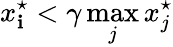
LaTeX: x_{\mathbf{i}}^{\star}<\gamma\operatorname*{max}_{j}x_{j}^{\star}